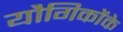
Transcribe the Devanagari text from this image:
यौगिकोंके